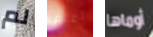
لم أعلم أوماها